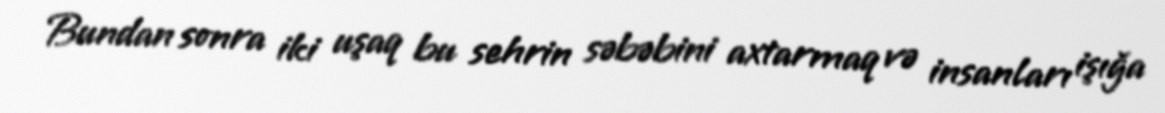
Bundan sonra iki uşaq bu sehrin səbəbini axtarmaq və insanları işığa